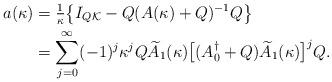
LaTeX: \begin{align*}a(\kappa)&=\tfrac{1}{\kappa}\bigl\{I_{Q\mathcal K}-Q(A(\kappa)+Q)^{-1}Q\bigr\}\\&=\sum_{j=0}^\infty (-1)^j\kappa^jQ\widetilde A_1(\kappa)\bigl[(A_0^\dagger+Q)\widetilde A_1(\kappa)\bigr]^{j}Q.\end{align*}